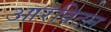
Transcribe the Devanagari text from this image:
आरबिटल